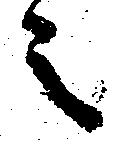
之